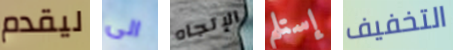
ليقدم الى الإتجاه إستلم التخفيف